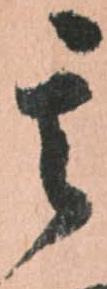
其